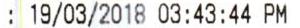
:19/03/2018 03:43:44 PM